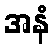
အနံ